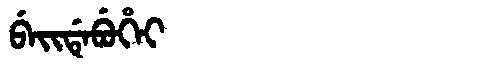
Manchu: ᠪᡝᡳᡩᡝᠪᡠᡥᡝᡳ
Romanization: BEIDEBUHEI